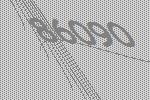
86090